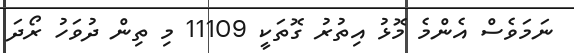
ނަމަވެސް އެންމެ މޮޅު އިތުރު ގޮތަކީ 11109 މި ތިން ދުވަހު ރޯދަ